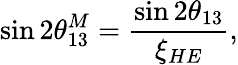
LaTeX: \sin 2\theta_{13}^{M}=\frac{\sin 2\theta_{13}}{\xi_{HE}},